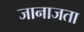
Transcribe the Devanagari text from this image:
जानाजता